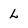
Character: L